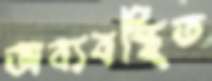
অব্যবস্থিত